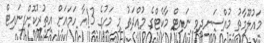
މައުލޫމާތު މުއްސަނދިވި ނައިޓް މާކެޓްގެ މުއްދަތު މި މަހުގެ 13އާ ހަމައަށް އިތުރުކޮށްފިނައިޓް